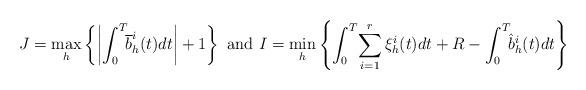
LaTeX: \begin{align*}J=\max_h\left\lbrace \left| \int_0^T\!\! \overline{b}_h^i(t)dt\right| +1\right\rbrace\mbox{ and }I=\min_h\left\lbrace \int_0^T \!\sum_{i=1}^r\xi_h^i(t)dt+R-\int_0^T\!\! \hat{b}_h^i(t)dt\right\rbrace\end{align*}